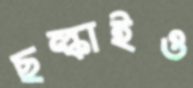
ছল্‌কাইও